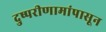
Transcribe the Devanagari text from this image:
दुष्परीणामांपासून